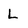
Character: L